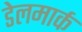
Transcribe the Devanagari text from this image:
डेलमार्क